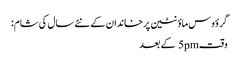
گرؤوس ماؤنٹین پر خاندان کے نئے سال کی شام:
وقت5pm کے بعد